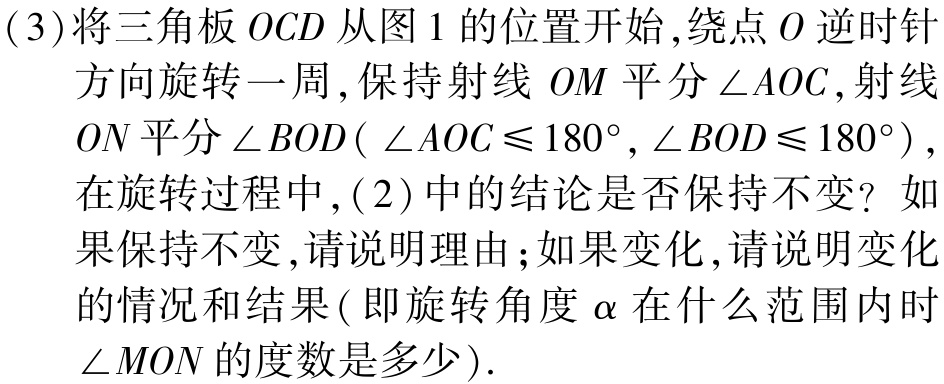
(3)将三角板\(OCD\)从图1的位置开始,绕点\(O\)逆时针方向旋转一周,保持射线 \(OM\)平分\(\angle AOC\),射线 \(ON\)平分\(\angle BOD(\angle AOC\leqslant180^{\circ},\angle BOD\leqslant180^{\circ})\),在旋转过程中,(2)中的结论是否保持不变？如果保持不变,请说明理由;如果变化,请说明变化的情况和结果(即旋转角度\(\alpha\)在什么范围内时\(\angle MON\)的度数是多少).